画像に写った文字を読んでください
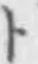
「ト」と書いてあります